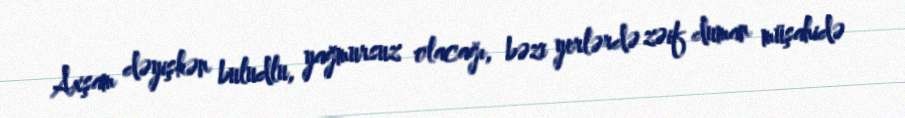
Axşam dəyişkən buludlu, yağmursuz olacağı, bəzi yerlərdə zəif duman müşahidə